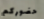
حضوركم